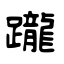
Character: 躘